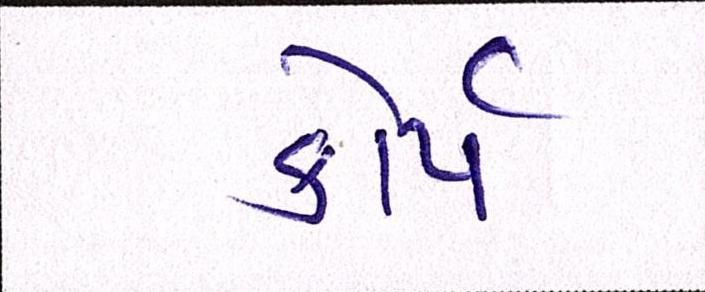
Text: કોર્પ